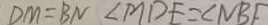
D M = B N \angle M D E = \angle N B E